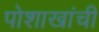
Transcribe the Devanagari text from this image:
पोशाखांची